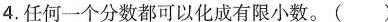
4.任何一个分数都可以化成有限小数。（）